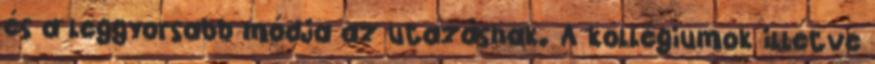
és a leggyorsabb módja az utazásnak. A kollégiumok illetve